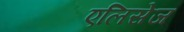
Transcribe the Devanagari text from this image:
एलिसेज